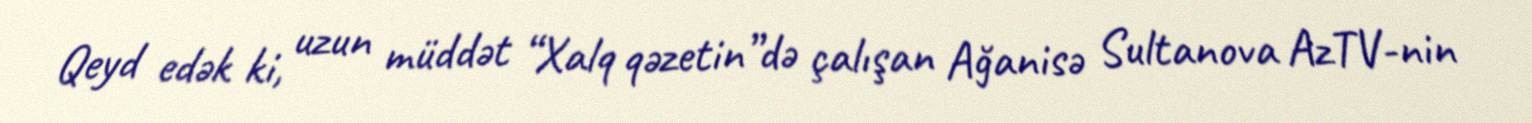
Qeyd edək ki, uzun müddət “Xalq qəzetin”də çalışan Ağanisə Sultanova AzTV-nin